Report on the working of the mental hospitals for Indians in Bihar and Orissa - 1925-1929
Year: 1925
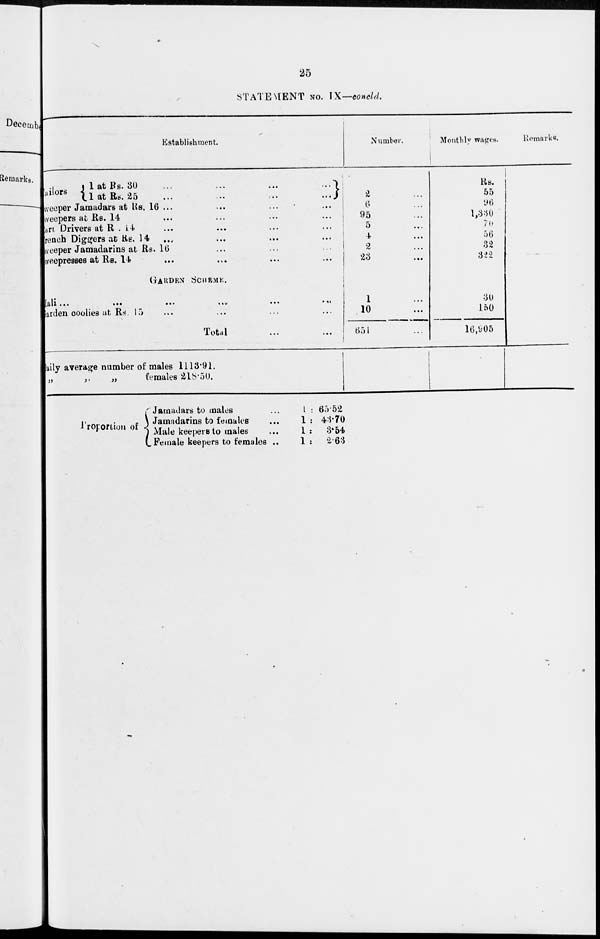
25
STATEMENT No. IX—concld.
Establishment.
Tailors
1 at Rs. 30 ... ... ... ...
1 at Rs. 25
...
...
...
...
Sweeper Jamadars at Rs. 16 ... ... ... ...
Sweepers at Rs. 14 ... ... ... ...
Dart Drivers at Rs. 14 ... ... ... ...
Trench Diggers at Rs. 14 ... ... ... ...
Sweeper Jamadarins at Rs. 16
Sweepresses at Rs. 14
...
...
...
...
GARDEN SCHEME.
Mali ... ... ... ...
Garden coolies at Rs. 15 ... ... ... ...
Total ... ...
Daily average number of males 1113.91.
„
„
„
females 218.50.
Number.
2 ...
6 ...
95 ...
5 ...
4 ...
2 ...
23 ...
1 ...
10 ...
651 ...
Monthly wages.
Rs.
55
96
1,330
70
56
32
322
30
150
16,905
Remarks.
Proportion of
Jamadars to males ...
Jamadarins to females ...
Male keepers to males ...
Female keepers to females ..
1 :
1 :
1 :
1 :
65.52
43.70
3.54
2.63